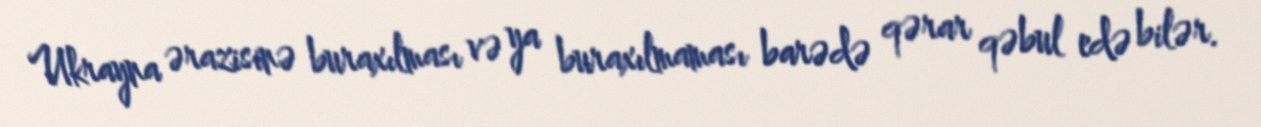
Ukrayna ərazisinə buraxılması və ya buraxılmaması barədə qərar qəbul edə bilər.